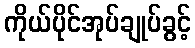
ကိုယ်ပိုင်အုပ်ချုပ်ခွင့်